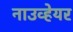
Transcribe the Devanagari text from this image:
नाउव्हेयर